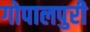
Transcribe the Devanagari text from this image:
गोपालपुरी